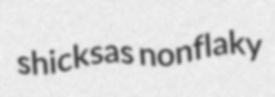
shicksas nonflaky